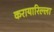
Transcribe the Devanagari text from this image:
करायारिल्ला